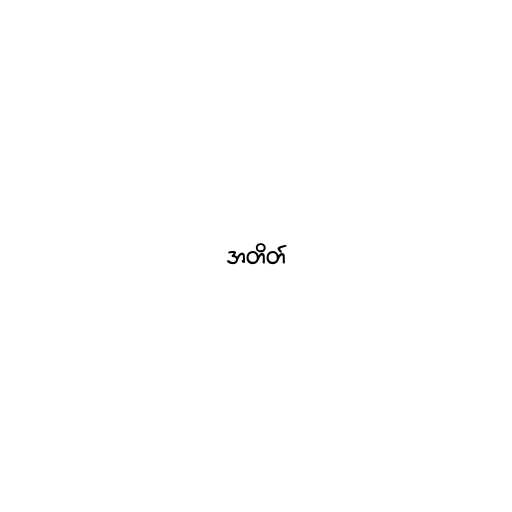
အတိတ်